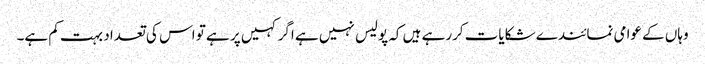
وہاں کے عوامی نمائندے شکایات کررہے ہیں کہ پولیس نہیں ہے اگر کہیں پر ہے تو اس کی تعداد بہت کم ہے۔